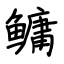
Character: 鳙